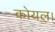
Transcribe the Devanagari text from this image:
कोयल।